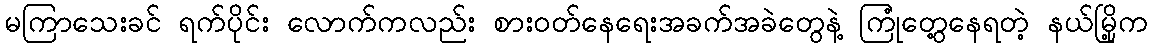
မကြာသေးခင် ရက်ပိုင်း လောက်ကလည်း စားဝတ်နေရေးအခက်အခဲတွေနဲ့ ကြုံတွေ့နေရတဲ့ နယ်မြို့က